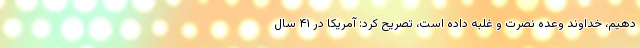
دهیم، خداوند وعده نصرت و غلبه داده است، تصریح کرد: آمریکا در ۴۱ سال